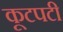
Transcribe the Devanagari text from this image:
कूटपटी